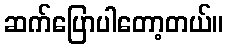
ဆက်ပြောပါတော့တယ်။